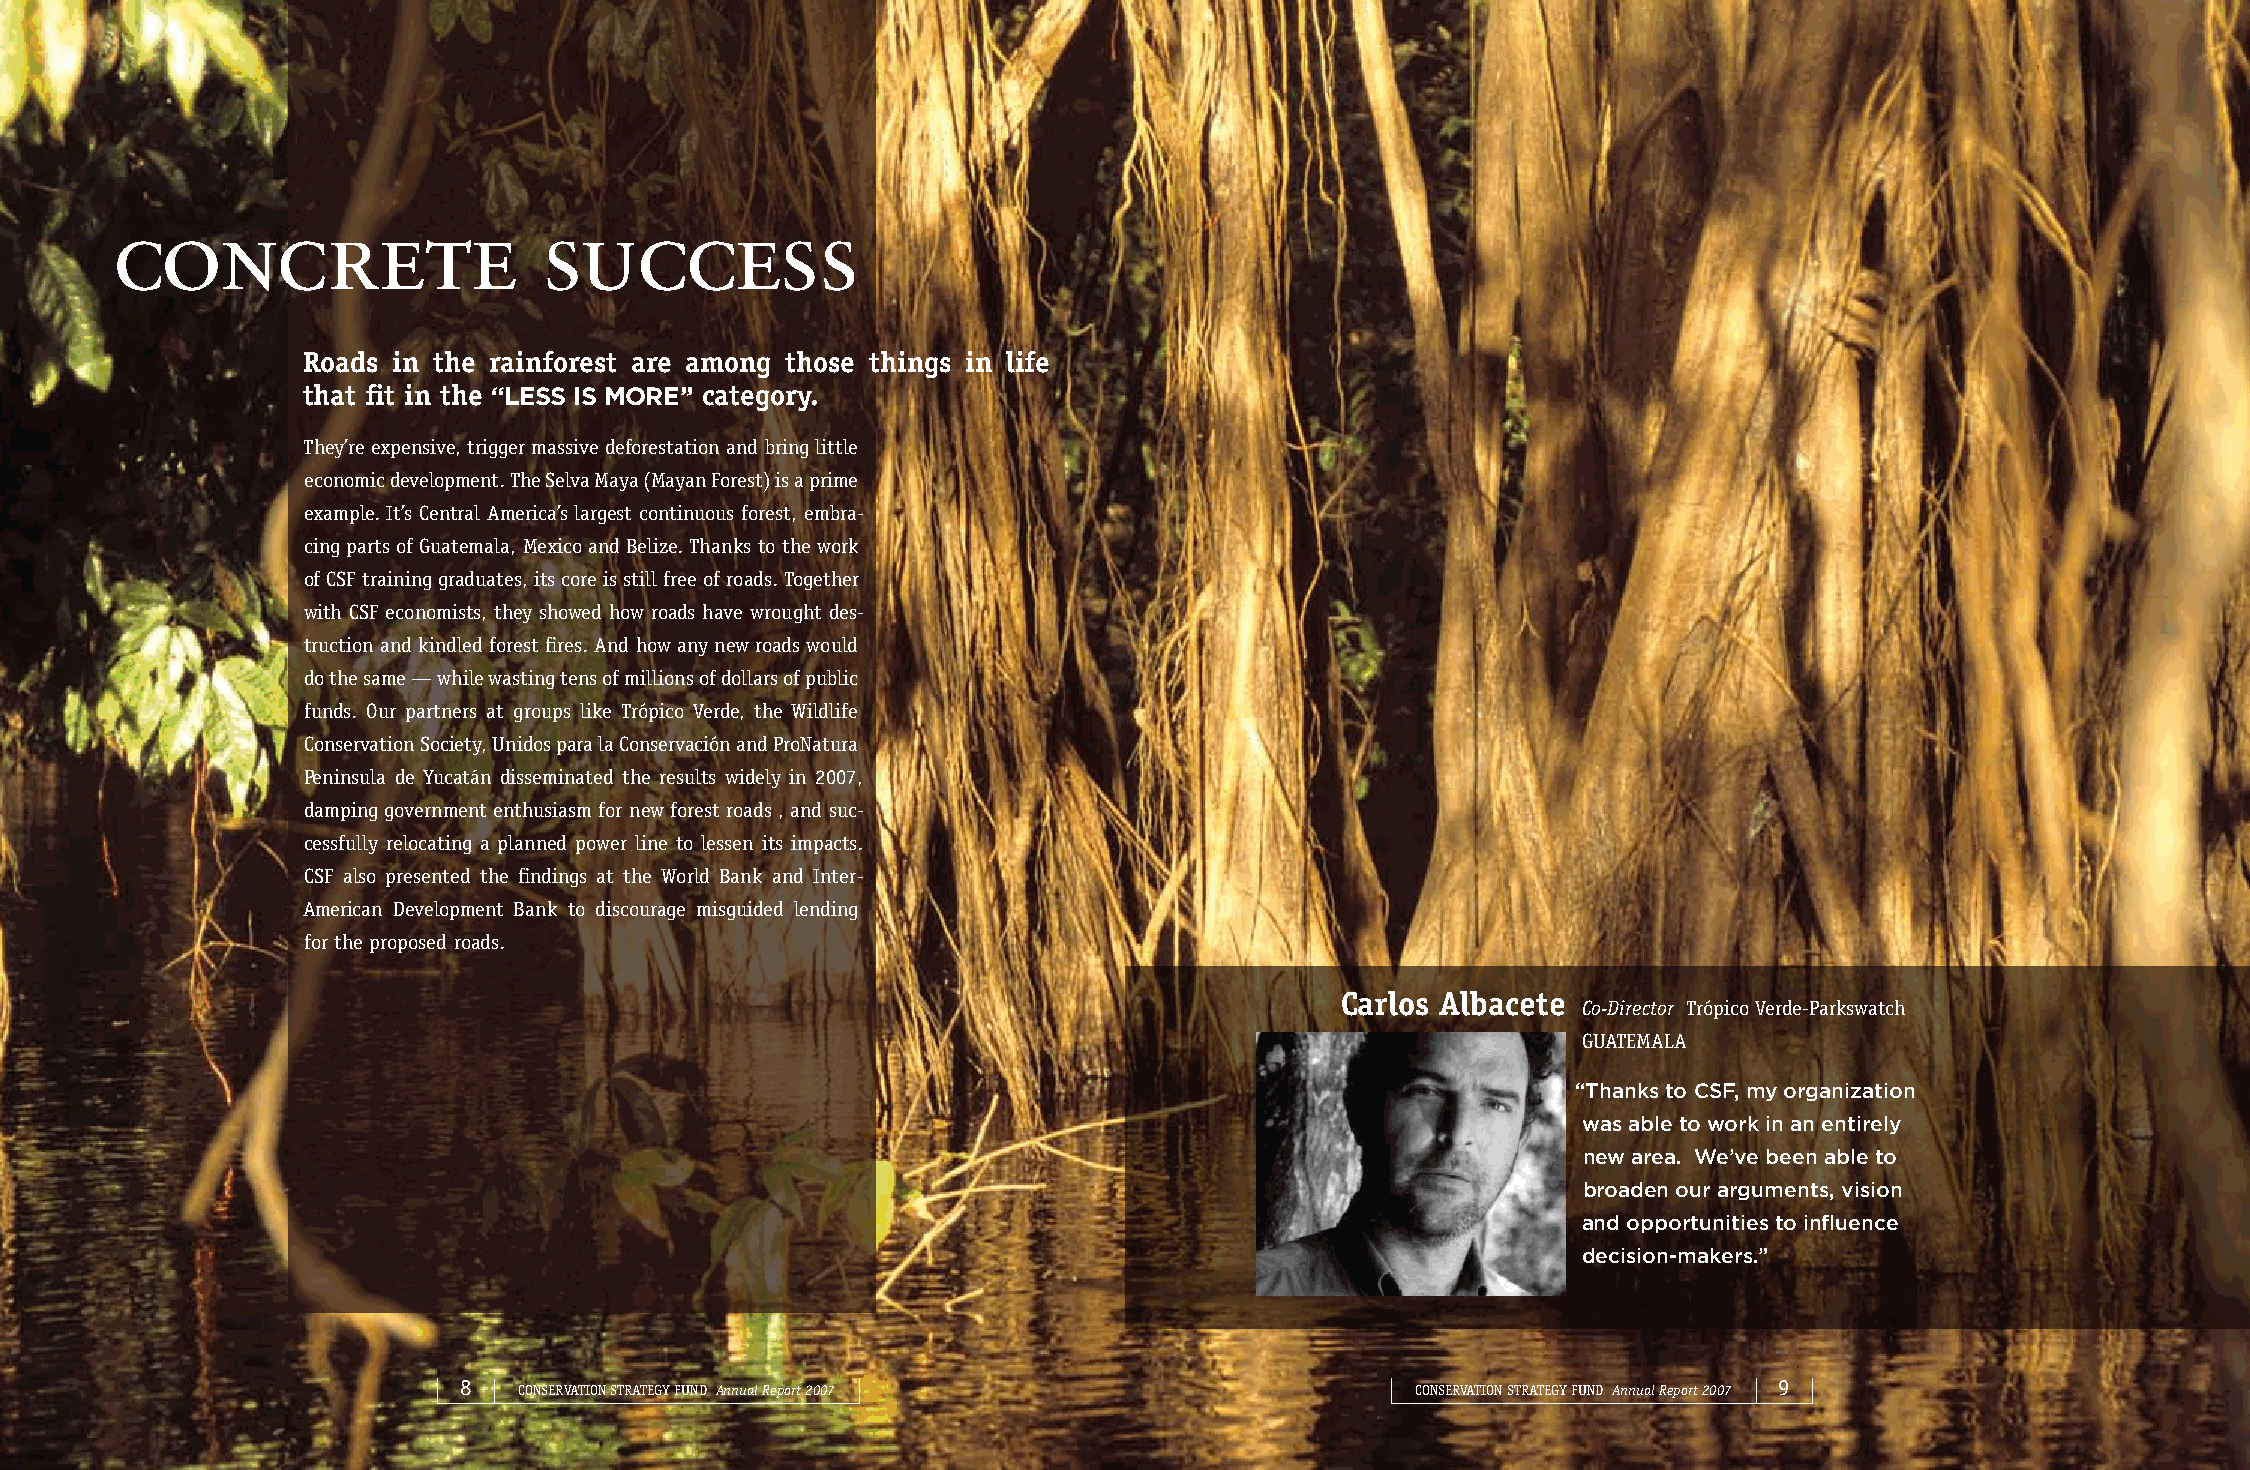
concrete                     success
 Roads in the rainforest are among those things in life
 that fit in the “LESS IS MORE” category.
 They’re expensive, trigger massive deforestation and bring little
 economic development. The Selva Maya (Mayan Forest) is a prime
 example. It’s Central America’s largest continuous forest, embra-
 cing parts of Guatemala, Mexico and Belize. Thanks to the work
 of CSF training graduates, its core is still free of roads. Together
 with CSF economists, they showed how roads have wrought des-
 truction and kindled forest fires. And how any new roads would
 do the same — while wasting tens of millions of dollars of public
 funds. Our partners at groups like Trópico Verde, the Wildlife
 Conservation Society, Unidos para la Conservación and ProNatura
 Peninsula de Yucatán disseminated the results widely in 2007,
 damping government enthusiasm for new forest roads , and suc-
 cessfully relocating a planned power line to lessen its impacts.
 CSF also presented the findings at the World Bank and Inter-
 American Development Bank to discourage misguided lending
 for the proposed roads.
 Carlos Albacete
 Co-Director Trópico Verde-Parkswatch
 GUATEMALA
 “Thanks to CSF, my organization
 was able to work in an entirely
 new area. We’ve been able to
 broaden our arguments, vision
 and opportunities to influence
 decision-makers.”
 8   CONSERVATION STRATEGY FUND Annual Report 2007               CONSERVATION STRATEGY FUND Annual Report 2007 9